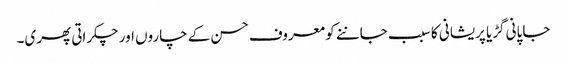
جاپانی گڑیا پریشانی کا سبب جاننے کو معروف حسن کے چاروں اور چکراتی پھری۔